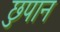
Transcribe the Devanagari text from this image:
छुपान